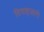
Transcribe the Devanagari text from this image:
दियाहजारो